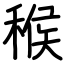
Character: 糇